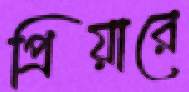
প্রিয়ারে